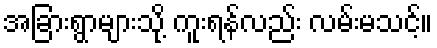
အခြားရွာများသို့ ကူးရန်လည်း လမ်းမသင့်။